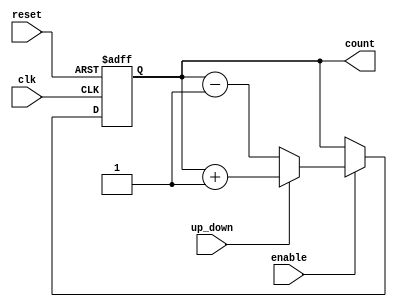
module up_down_counter (
    input wire clk,          // Clock signal
    input wire reset,        // Asynchronous reset signal
    input wire up_down,      // Control signal for counting direction
    input wire enable,       // Enable signal for counting
    output reg [N-1:0] count // Current count value (N bits wide)
);
    parameter N = 4; // Define the width of the counter (number of bits)

    // Asynchronous reset and counting logic
    always @(posedge clk or posedge reset) begin
        if (reset) begin
            count <= 0; // Reset the counter to zero
        end else if (enable) begin
            if (up_down) begin
                count <= count + 1; // Count up
            end else begin
                count <= count - 1; // Count down
            end
        end
    end
endmodule